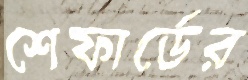
শেফার্ডের